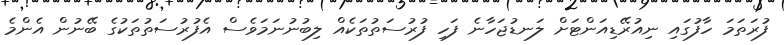
ފުރަތަމަ ހާފުގައި ނިއުރޭޑިއަންޓަށް ލަނޑުޖަހާނެ ފަހި ފުރުސަތުތަކެއް ލިބުނުނަމަވެސް އެފުރުސަތުތަކުގެ ބޭނުން އެންމެ